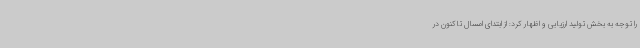
را توجه به بخش تولید ارزیابی و اظهار کرد: از ابتدای امسال تاکنون در